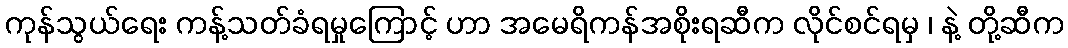
ကုန်သွယ်ရေး ကန့်သတ်ခံရမှုကြောင့် ဟာ အမေရိကန်အစိုးရဆီက လိုင်စင်ရမှ ၊ နဲ့ တို့ဆီက